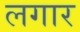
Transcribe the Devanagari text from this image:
लगार